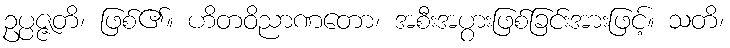
ဥပ္ပဇ္ဇတိ၊ ဖြစ်၏။ ဟိတဝိညာဏတော၊ အစီးအပွားဖြစ်ခြင်းအားဖြင့်။ သတိ၊